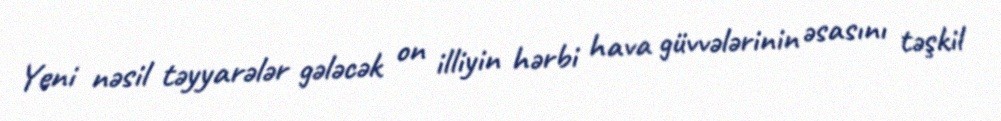
Yeni nəsil təyyarələr gələcək on illiyin hərbi hava güvvələrinin əsasını təşkil